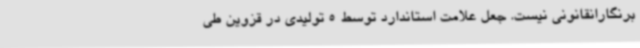
برنگارانقانونی نیست. جعل علامت استاندارد توسط 5 تولیدی در قزوین طی